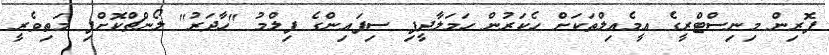
ފޮރިން މިނިސްޓްރީގެ އީމެއިލްތަކަށް ހެކަރުން ހަމަލާދީފި ސިފައިންގެ ފިލްމު "ހާދަރު" ލޯންޗްކޮށްފި މަތިވެރީ